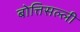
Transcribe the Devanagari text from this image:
बोत्तिसल्ली